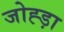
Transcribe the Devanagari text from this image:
जोह्ड़ा